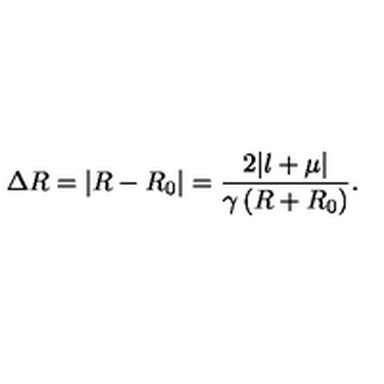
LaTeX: \Delta R = \left| R - R _ { 0 } \right| = \frac { 2 | l + \mu | } { \gamma \left( R + R _ { 0 } \right) } .